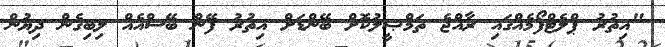
"އިތުރު ޕްލެޓްފޯމެއްގައި ރާއްޖެ ތަމްޞީލުކޮށް ބޭންޑަށް އިތުރު ފޭން ބޭސްއެއް ލިބިގެން ދިޔުން